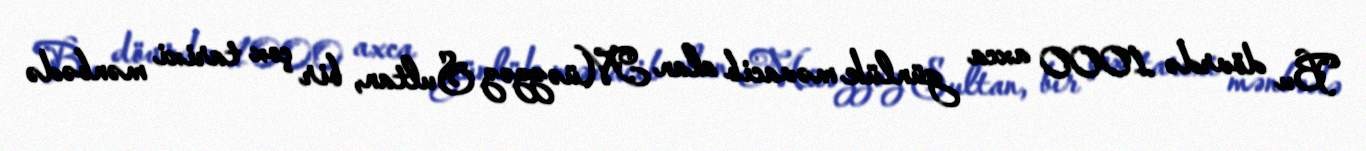
Bu dövrdə 1000 axca günlük məvacib alan Müəzzəz Sultan, bir çox tarixi mənbədə